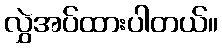
လွှဲအပ်ထားပါတယ်။